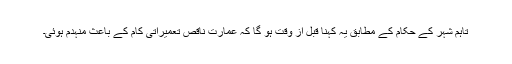
تاہم شہر کے حکام کے مطابق یہ کہنا قبل از وقت ہو گا کہ عمارت ناقص تعمیراتی کام کے باعث منہدم ہوئی۔